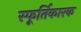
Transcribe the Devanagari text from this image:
स्फूर्तिकारक